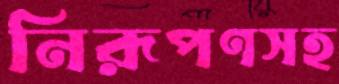
নিরূপণসহ